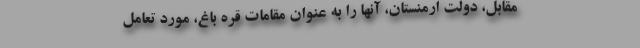
مقابل، دولت ارمنستان، آنها را به عنوان مقامات قره باغ، مورد تعامل